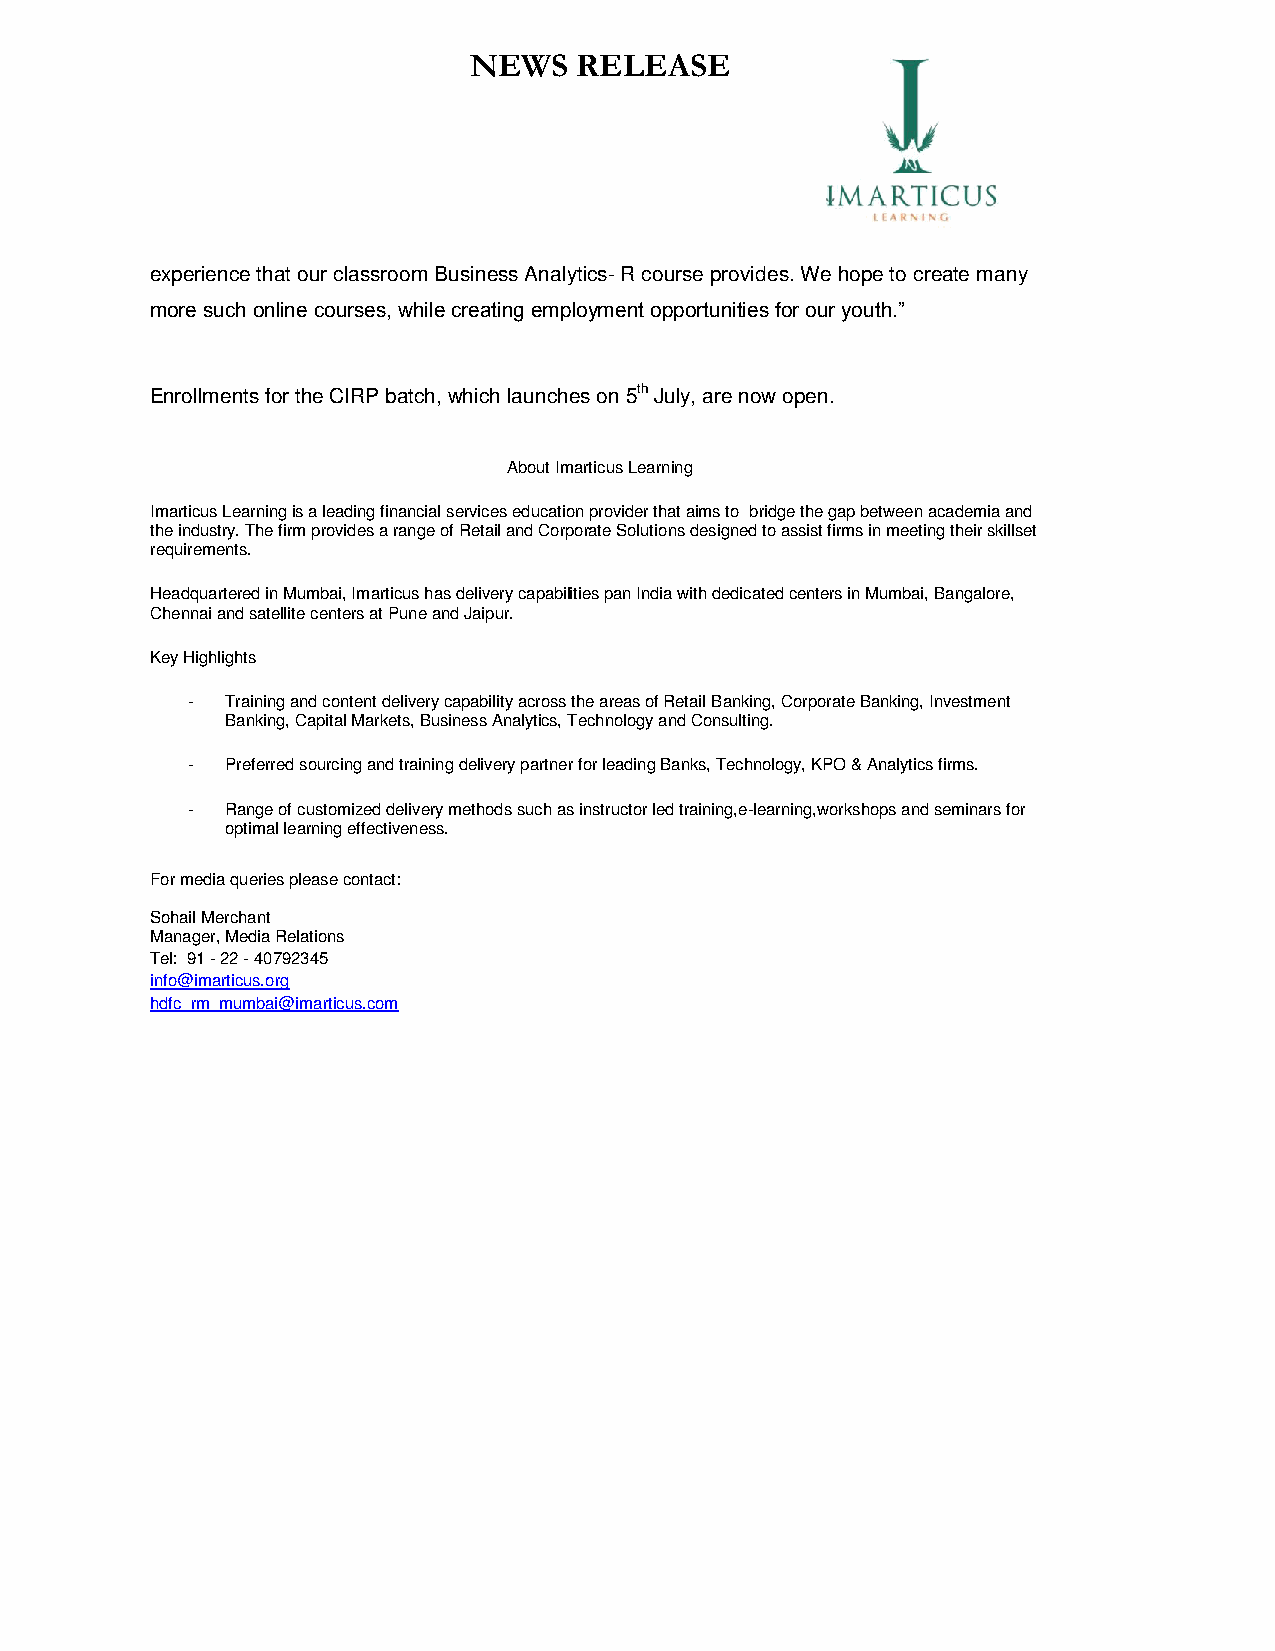
NEWS   RELEASE
 experience that our classroom Business Analytics- R course provides. We hope to create many
 more such online courses, while creating employment opportunities for our youth.”
 Enrollments for the CIRP batch, which launches on 5th July, are now open.
 About Imarticus Learning
 Imarticus Learning is a leading financial services education provider that aims to bridge the gap between academia and
 the industry. The firm provides a range of Retail and Corporate Solutions designed to assist firms in meeting their skillset
 requirements.
 Headquartered in Mumbai, Imarticus has delivery capabilities pan India with dedicated centers in Mumbai, Bangalore,
 Chennai and satellite centers at Pune and Jaipur.
 Key Highlights
 -  Training and content delivery capability across the areas of Retail Banking, Corporate Banking, Investment
 Banking, Capital Markets, Business Analytics, Technology and Consulting.
 -  Preferred sourcing and training delivery partner for leading Banks, Technology, KPO & Analytics firms.
 -  Range of customized delivery methods such as instructor led training,e-learning,workshops and seminars for
 optimal learning effectiveness.
 For media queries please contact:
 Sohail Merchant
 Manager, Media Relations
 Tel: 91 - 22 - 40792345
 info@imarticus.org
 hdfc_rm_mumbai@imarticus.com